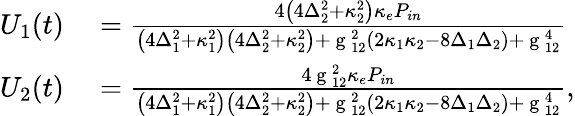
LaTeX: \begin{array}{rl}{U_{1}(t)}&{{}=\frac{4\left(4\Delta_{2}^{2}+\kappa_{2}^{2}\right)\kappa_{e}P_{in}}{\left(4\Delta_{1}^{2}+\kappa_{1}^{2}\right)\left(4\Delta_{2}^{2}+\kappa_{2}^{2}\right)+\mathrm{~g~}_{12}^{2}\left(2\kappa_{1}\kappa_{2}-8\Delta_{1}\Delta_{2}\right)+\mathrm{~g~}_{12}^{4}}}\\ {U_{2}(t)}&{{}=\frac{4\mathrm{~g~}_{12}^{2}\kappa_{e}P_{in}}{\left(4\Delta_{1}^{2}+\kappa_{1}^{2}\right)\left(4\Delta_{2}^{2}+\kappa_{2}^{2}\right)+\mathrm{~g~}_{12}^{2}\left(2\kappa_{1}\kappa_{2}-8\Delta_{1}\Delta_{2}\right)+\mathrm{~g~}_{12}^{4}},}\end{array}